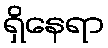
ရှိနေရာ